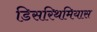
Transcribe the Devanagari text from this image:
डिसरिथमियास